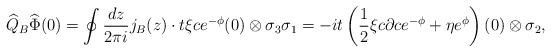
LaTeX: \begin{align*}\widehat{Q}_B\widehat{\Phi}(0)=\oint\frac{dz}{2\pi i}j_B(z)\cdot t\xi ce^{-\phi}(0)\otimes\sigma_3\sigma_1=-it\left(\frac{1}{2}\xi c\partial ce^{-\phi}+\eta e^{\phi}\right)(0)\otimes\sigma_2, \end{align*}